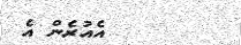
އެއުރެން އެ